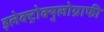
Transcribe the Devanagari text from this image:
इलेक्ट्रोक्युलोग्राफी